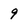
Character: 9